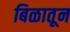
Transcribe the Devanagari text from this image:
बिळातून